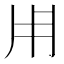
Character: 𤰃